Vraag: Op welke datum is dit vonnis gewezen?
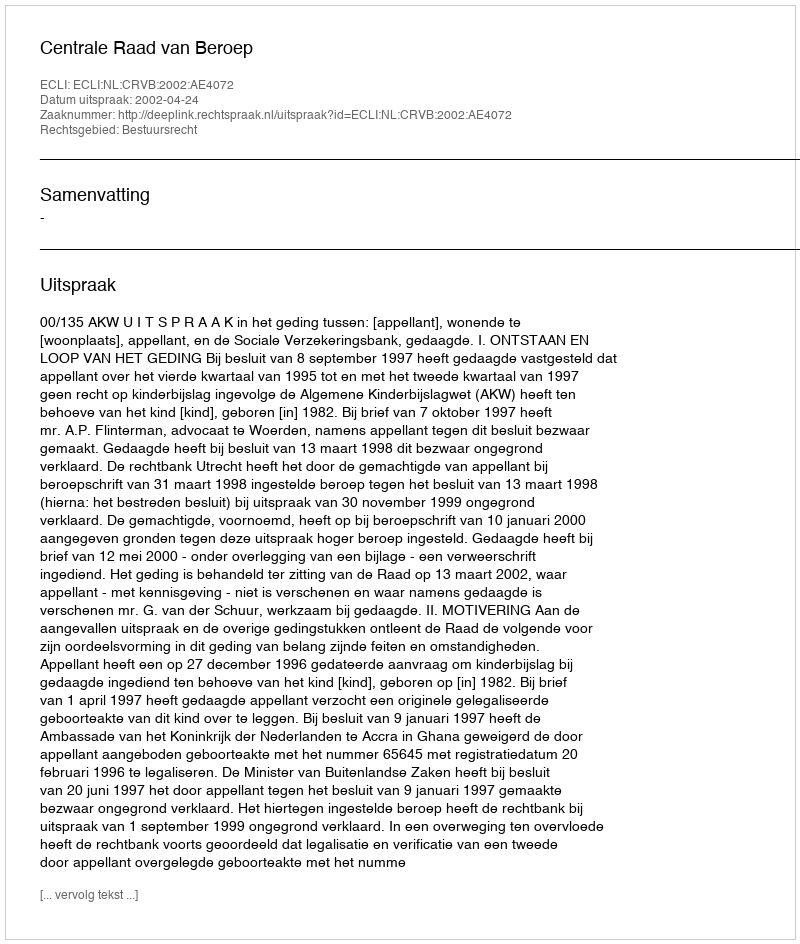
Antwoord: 2002-04-24